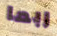
ربما